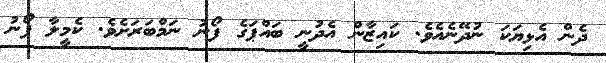
ދެން އެޅިޔަކަ ނުދޭނެއެވެ. ކައިޒާން އެދުނީ ބައްޕަގެ ފޯނު ނަމްބަރަށެވެ. ކެމީލާ ފޯނު